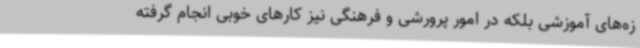
زه‌های آموزشی بلکه در امور پرورشی و فرهنگی نیز کارهای خوبی انجام گرفته